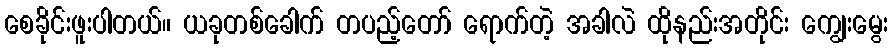
စေခိုင်းဖူးပါတယ်။ ယခုတစ်ခေါက် တပည့်တော် ရောက်တဲ့ အခါလဲ ထိုနည်းအတိုင်း ကျွေးမွေး